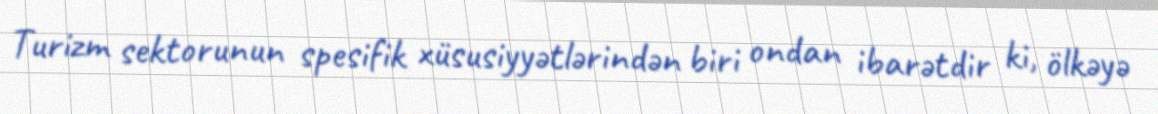
Turizm sektorunun spesifik xüsusiyyətlərindən biri ondan ibarətdir ki, ölkəyə